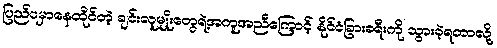
ပြည်ပမှာနေထိုင်တဲ့ ချင်းလူမျိုးတွေရဲ့အကူအညီကြောင့် နိုင်ငံခြားခရီးကို သွားခဲ့ရတာလို့